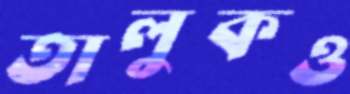
তালুকও